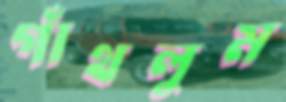
গাঁথলুম